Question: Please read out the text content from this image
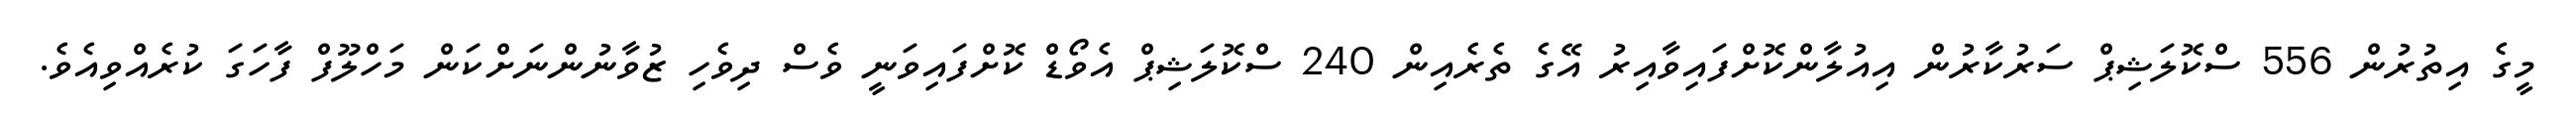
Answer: މީގެ އިތުރުން 556 ސްކޮލަޝިޕް ސަރުކާރުން އިއުލާންކޮށްފައިވާއިރު އޭގެ ތެރެއިން 240 ސްކޮލަޝިޕް އެވޯޑް ކޮށްފައިވަނީ ވެސް ދިވެހި ޒުވާނުންނަށްކަން މަހްލޫފް ފާހަގަ ކުރެއްވިއެވެ.